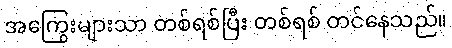
အကြွေးများသာ တစ်ရစ်ပြီး တစ်ရစ် တင်နေသည်။